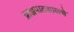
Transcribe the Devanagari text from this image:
प्राज्ञपाठशाळचे